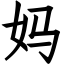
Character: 妈